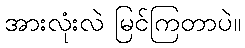
အားလုံးလဲ မြင်ကြတာပဲ။